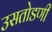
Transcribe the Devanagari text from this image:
उसतोडणी